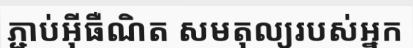
ភ្ជាប់អ៊ីធឺណិត សមតុល្យរបស់អ្នក